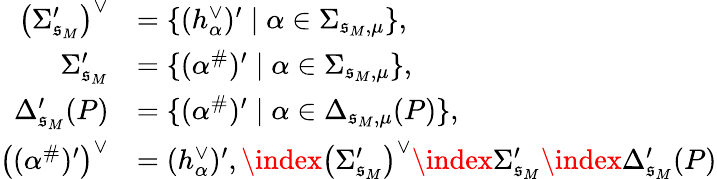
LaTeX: \begin{array}{rl}{\left(\Sigma_{\mathfrak{s}_{M}}^{\prime}\right)^{\vee}}&{=\{ (h_{\alpha}^{\vee})^{\prime}\mid\alpha\in\Sigma_{\mathfrak{s}_{M},\mu}\} ,}\\ {\Sigma_{\mathfrak{s}_{M}}^{\prime}}&{=\{ (\alpha^{\# })^{\prime}\mid\alpha\in\Sigma_{\mathfrak{s}_{M},\mu}\} ,}\\ {\Delta_{\mathfrak{s}_{M}}^{\prime}(P)}&{=\{ (\alpha^{\# })^{\prime}\mid\alpha\in\Delta_{\mathfrak{s}_{M},\mu}(P)\} ,}\\ {\left((\alpha^{\# })^{\prime}\right)^{\vee}}&{=(h_{\alpha}^{\vee})^{\prime},\index{\left(\Sigma_{\mathfrak{s}_{M}}^{\prime}\right)^{\vee}}\index{\Sigma_{\mathfrak{s}_{M}}^{\prime}}\index{\Delta_{\mathfrak{s}_{M}}^{\prime}(P)}}\end{array}